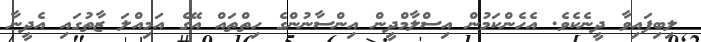
ލިބިފައިވާ ދީނެކެވެ. އެހެންކަމުން އިސްލާމްދީން އިންސާނުންގެ ހިތްތައް އޭގެ އަމިއްލަ ޒާތުގައި އެދީނާ